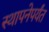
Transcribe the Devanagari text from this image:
स्थापनेपर्यंत